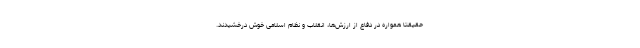
حقیقتاً همواره در دفاع از ارزش‌ها، انقلاب و نظام اسلامی خوش درخشیدند.